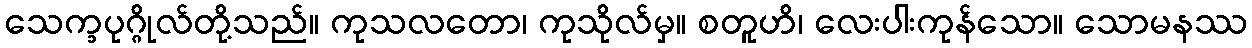
သေက္ခပုဂ္ဂိုလ်တို့သည်။ ကုသလတော၊ ကုသိုလ်မှ။ စတူဟိ၊ လေးပါးကုန်သော။ သောမနဿ